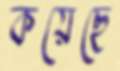
কয়েছে